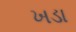
ખડા